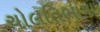
ચોલતિભાષા